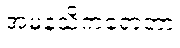
အမနသိကရောတာ